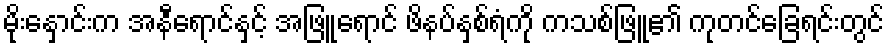
မိုးနှောင်းက အနီရောင်နှင့် အဖြူရောင် ဖိနပ်နှစ်ရံကို ကသစ်ဖြူ၏ ကုတင်ခြေရင်းတွင်